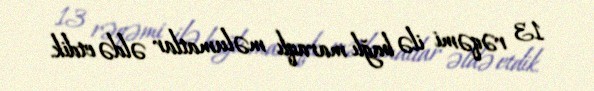
13 rəqəmi ilə bağlı maraqlı məlumatlar əldə etdik.